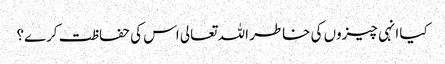
کیا انہی چیزوں کی خاطر اللہ تعالی اس کی حفاظت کرے؟